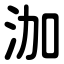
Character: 泇